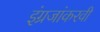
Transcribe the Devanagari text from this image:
इंग्रजांकरवी